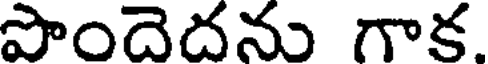
పొందెదను గాక